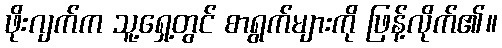
ဖိုးဂျက်က သူ့ရှေ့တွင် စာရွက်များကို ဖြန့်လိုက်၏။